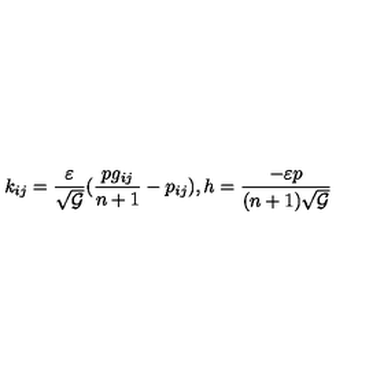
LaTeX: k _ { i j } = \frac { \varepsilon } { \sqrt { \cal G } } ( \frac { p g _ { i j } } { n + 1 } - p _ { i j } ) , h = \frac { - \varepsilon p } { ( n + 1 ) \sqrt { \cal G } }